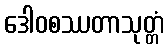
ဒေါဝစဿတာသုတ္တံ